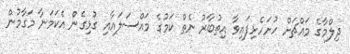
ދިލްމާގެ މައްޗަށް ހުށަހެޅިފައިވާ އިތުބާރު ނެތް ކަމުގެ މައްސަލައާއި ގުޅިގެން އެކަމަނާ މަގާމުން